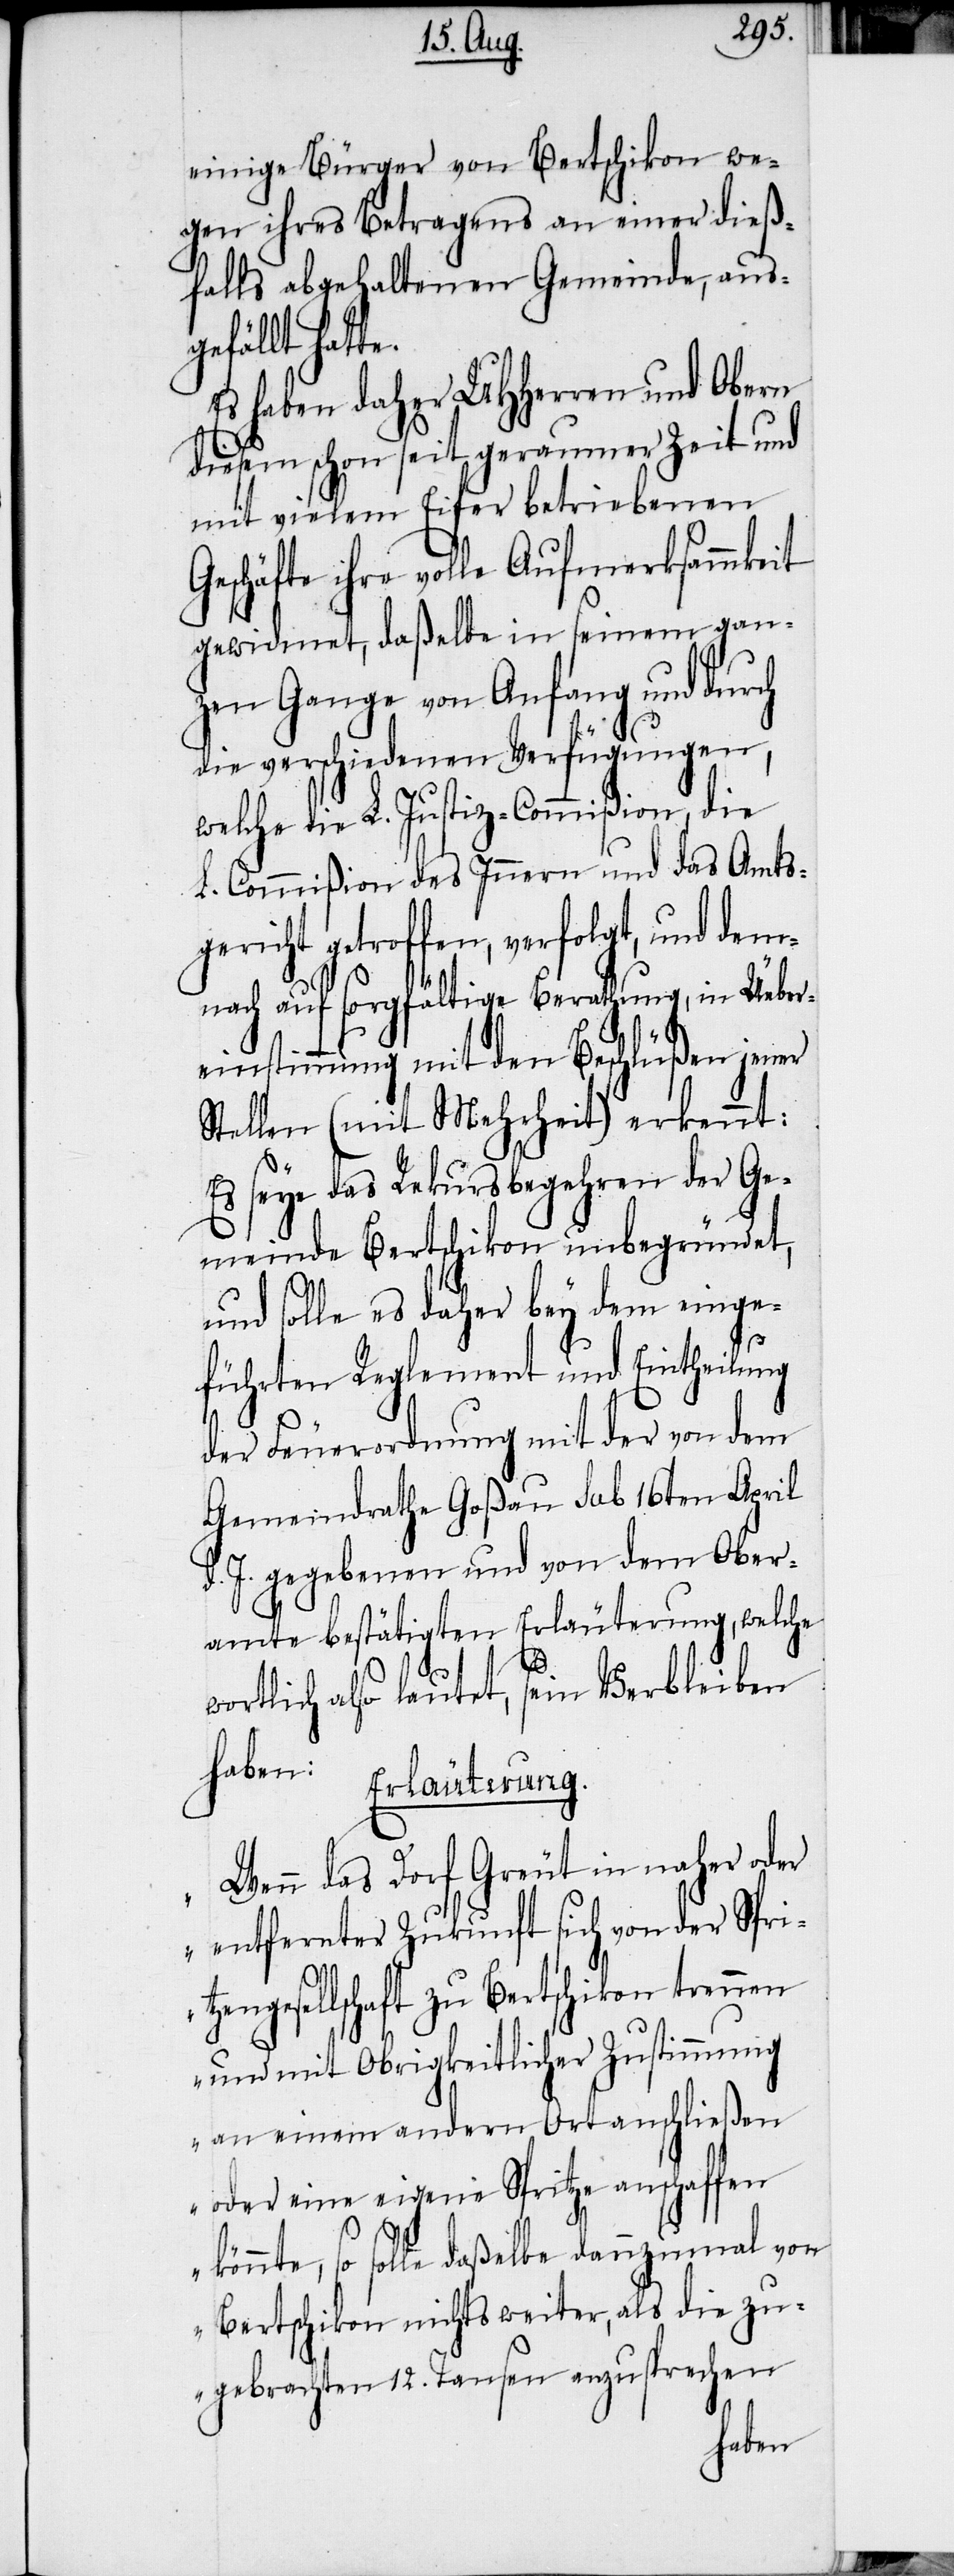
einige Bürger von Bertschikon we¬
gen ihres Betragens an einer dieß¬
falls abgehaltenen Gemeinde, aus¬
gefällt hat¬
Es haben daher UHHerren und Obern
diesem schon seit geraumer Zeit und
mit vielem Eifer betriebenen
Geschäfte ihre volle Aufmerksammkeit
gewidmet, daßelbe in seinem gan¬
zen Gange von Anfang und durch
die verschiedenen Verfügungen,
welche die L. Justiz-Commißion, die
L. Commißion des Innern und das Amts¬
gericht getroffen, verfolgt, und dem¬
nach auf sorgfältige Berathung, in Üeber¬
te.
einstimmung mit den Beschlüßen jener
Stellen (mit Mehrheit) erkennt:
Es seye das Rekursbegehren der Ge¬
meinde Bertschikon unbegründet,
und solle es daher bey dem einge¬
führten Reglement und Eintheilung
der Feuerordnung mit der von dem
Gemeindrathe Goßau sub 16ten April
d. J. gegebenen und von dem Ober¬
amte bestätigten Erläuterung, welche
wortlich also lautet, sein Verbleiben
haben:
Erläuterung.
„Wenn das Dorf Greut in naher oder
entfernter Zukunft sich von der Spri¬
tzengesellschaft zu Bertschikon trennen
und mit Obrigkeitlicher Zustimmung
an einem andern Ort anschließen
oder eine eigene Spritze anschaffen
könnte, so solle daßelbe dannzumal von
Bertschikon nichts weiter, als die zu¬
gebrachten 12. Tausen anzusprechen